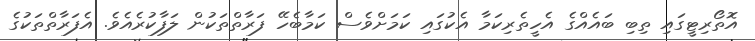
އޮތޯރިޓީގައި ތިބި ބައެއްގެ އެހީތެރިކަމާ އެކުގައި ކަމަށްވެސް ކަމާބެހޭ ފަރާތްތަކުން ލަފާކުރެއެވެ. އެފަރާތްތަކުގެ